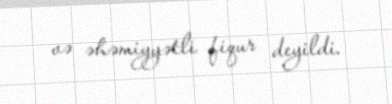
və əhəmiyyətli fiqur deyildi.